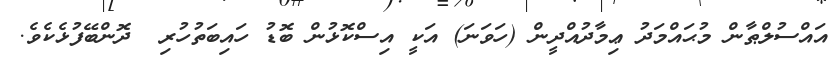
އައްސުލްޠާން މުޙައްމަދު ޢިމާދުއްދީން (ހަވަނަ) އަކީ އިސްކޮޅުން ބޮޑު ހައިބަތުހުރި  ދޮންބޭފުޅެކެވެ.